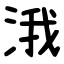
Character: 涐